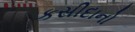
કસીદાનો